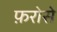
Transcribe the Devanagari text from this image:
फ़रोसे